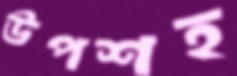
উপশহ